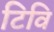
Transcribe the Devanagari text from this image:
टिवि